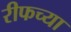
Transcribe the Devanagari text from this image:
रीफच्या